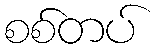
စစ်တပ်